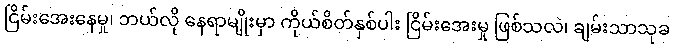
ငြိမ်းအေးနေမှု၊ ဘယ်လို နေရာမျိုးမှာ ကိုယ်စိတ်နှစ်ပါး ငြိမ်းအေးမှု ဖြစ်သလဲ၊ ချမ်းသာသုခ